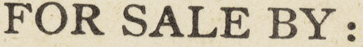
FOR SALE BY: